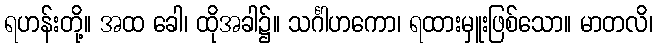
ရဟန်းတို့။ အထ ခေါ၊ ထိုအခါ၌။ သင်္ဂါဟကော၊ ရထားမှူးဖြစ်သော။ မာတလိ၊